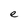
Character: e